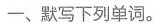
一、默写下列单词。